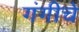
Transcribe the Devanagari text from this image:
गंगीचे